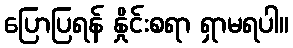
ပြောပြရန် နှိုင်းစရာ ရှာမရပါ။